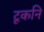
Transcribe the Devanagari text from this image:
टूकनि